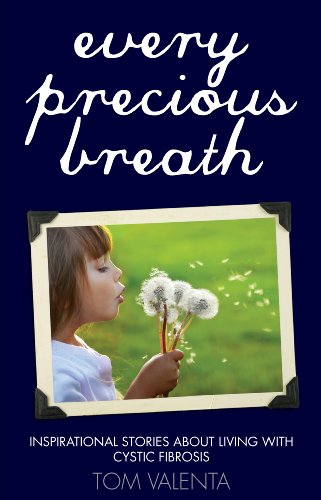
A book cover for Every Precious Breath:Inspirational Stories about Living with Cystic Fibrosis; Tom Valenta; Health, Fitness & Dieting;